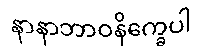
နာနာဘာဝနိက္ခေပါ